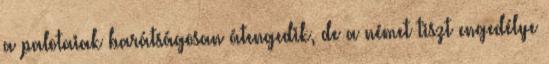
a palotaiak barátságosan átengedik, de a német tiszt engedélye